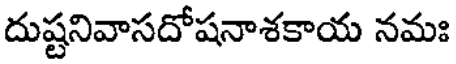
దుష్టనివాసదోషనాశకాయ నమః